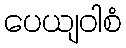
ပေယျဝါစံ